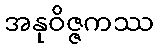
အနုဝိဇ္ဇကဿ